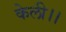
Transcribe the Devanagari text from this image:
केली।।